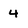
Character: 4